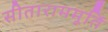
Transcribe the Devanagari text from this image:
सीताराममूर्ति